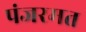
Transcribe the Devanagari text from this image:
पंजरमत